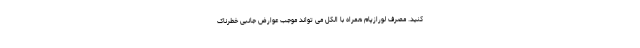
کنید. مصرف لورازپام همراه با الکل می تواند موجب عوارض جانبی خطرناک